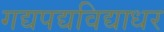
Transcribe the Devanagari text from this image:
गद्यपद्यविद्याधर